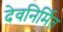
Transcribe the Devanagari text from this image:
देवनिर्मित